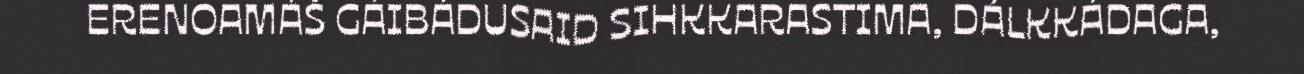
ERENOAMÁŠ GÁIBÁDUSAID SIHKKARASTIMA, DÁLKKÁDAGA,